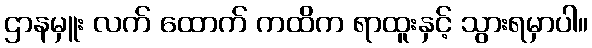
ဌာနမှူး လက် ထောက် ကထိက ရာထူးနှင့် သွားရမှာပါ။